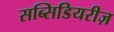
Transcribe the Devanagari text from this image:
सब्सिडियरीज़